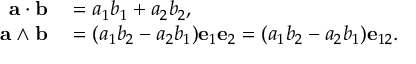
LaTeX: \begin{array} { r l } { \mathbf { a } \cdot \mathbf { b } } & { { } = a _ { 1 } b _ { 1 } + a _ { 2 } b _ { 2 } , } \\ { \mathbf { a } \wedge \mathbf { b } } & { { } = ( a _ { 1 } b _ { 2 } - a _ { 2 } b _ { 1 } ) \mathbf { e } _ { 1 } \mathbf { e } _ { 2 } = ( a _ { 1 } b _ { 2 } - a _ { 2 } b _ { 1 } ) \mathbf { e } _ { 1 2 } . } \end{array}